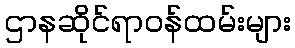
ဌာနဆိုင်ရာဝန်ထမ်းများ